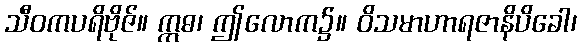
သီဝကပရိဗိုဇ်။ ဣဓ၊ ဤလောက၌။ ဝိသမာဟာရဇာနိပိခေါ၊